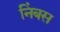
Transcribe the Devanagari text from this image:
निंबस